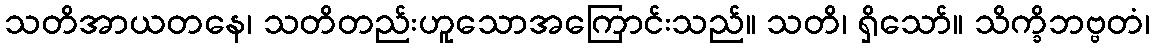
သတိအာယတနေ၊ သတိတည်းဟူသောအကြောင်းသည်။ သတိ၊ ရှိသော်။ သိက္ခိဘဗ္ဗတံ၊